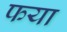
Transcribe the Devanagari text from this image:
फया